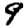
Digit: 9